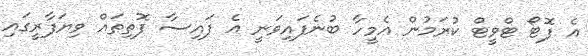
އެ ފޮޓޯ ޓްވީޓް ކުރަމުން އެމީހާ ބުނެފައިވަނީ އެ ފައިސާ ފޮތިތައް ވިޔަފާރީގައި